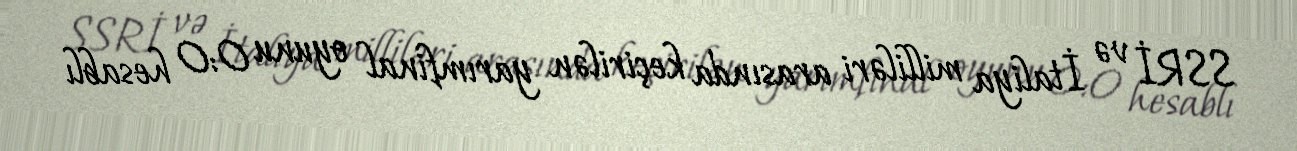
SSRİ və İtaliya milliləri arasında keçirilən yarımfinal oyunu 0:0 hesablı